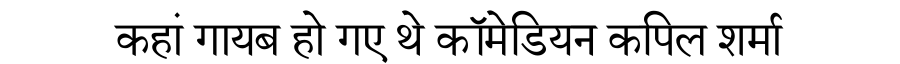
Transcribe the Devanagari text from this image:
कहां गायब हो गए थे कॉमेडियन कपिल शर्मा